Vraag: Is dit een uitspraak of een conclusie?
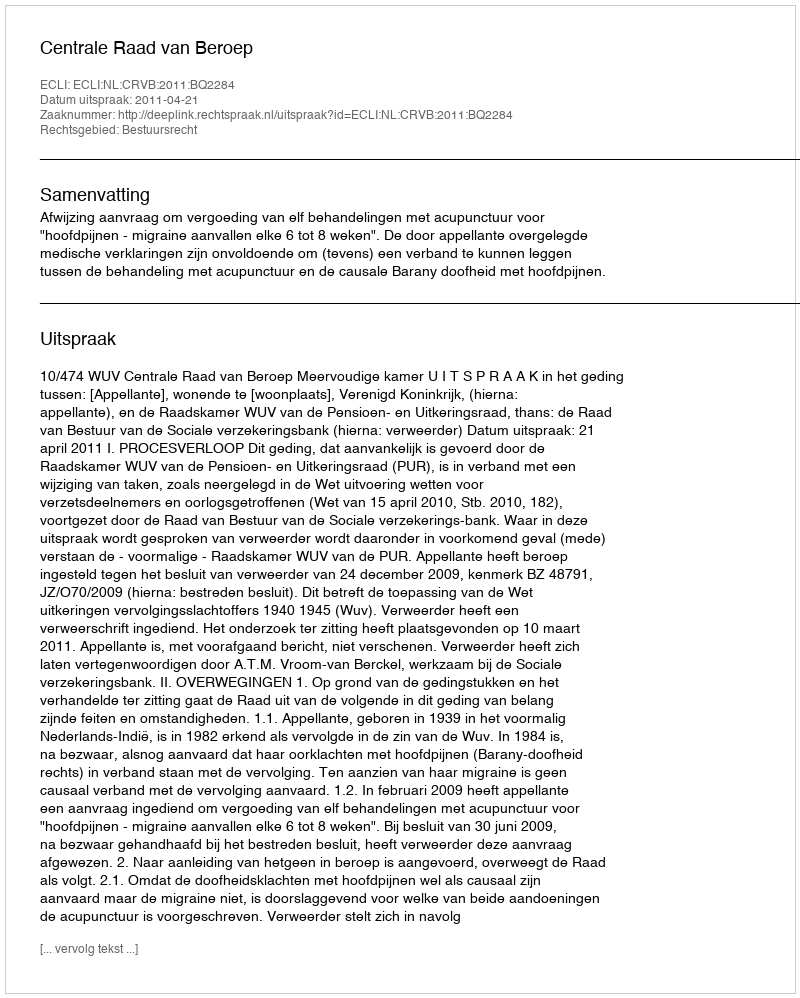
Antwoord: Uitspraak